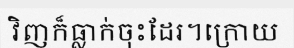
វិញក៏ធ្លាក់ចុះដែរ។ក្រោយ